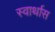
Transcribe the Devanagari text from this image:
स्वार्थास